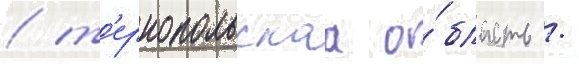
/ т'ернопольскаа о́бласть /